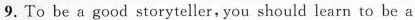
9.To be a good storyteller, you should learn to be a